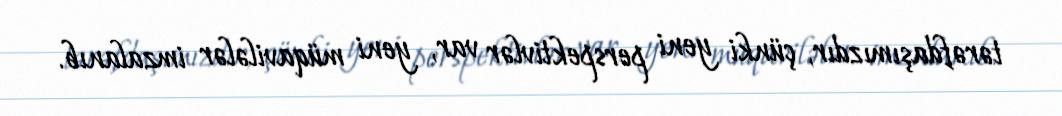
tərəfdaşımızdır, çünki yeni perspektivlər var, yeni müqavilələr imzalanıb.